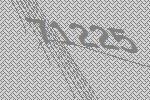
71225